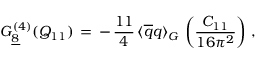
G _ { \underline { { { 8 } } } } ^ { ( 4 ) } ( Q _ { 1 1 } ) \, = \, - \, \frac { 1 1 } { 4 } \, \langle \overline { { { q } } } q \rangle _ { G } \, \left( \frac { C _ { 1 1 } } { 1 6 \pi ^ { 2 } } \right) \, ,